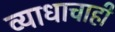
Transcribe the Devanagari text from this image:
व्याधाचाही